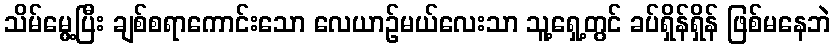
သိမ်မွေ့ပြီး ချစ်စရာကောင်းသော လေယာဉ်မယ်လေးသာ သူ့ရှေ့တွင် ခပ်ရှိန်ရှိန် ဖြစ်မနေဘဲ